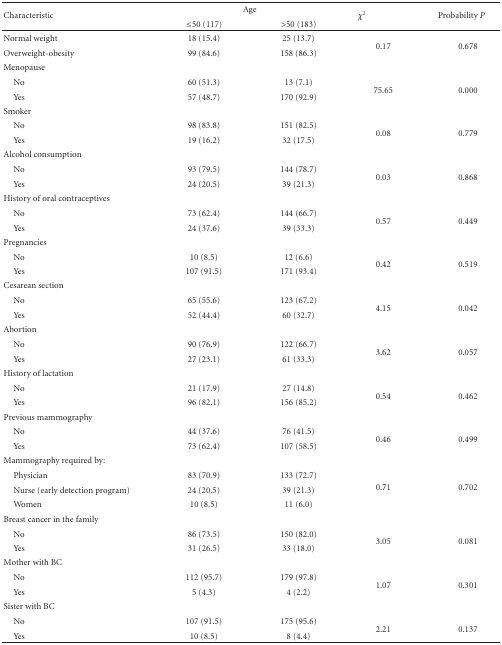
<table><thead><tr><td rowspan="2"><b>Characteristic</b></td><td colspan="2"><b>Age</b></td><td rowspan="2"><b><i>χ</i><sup>2</sup></b></td><td rowspan="2"><b>Probability <i>P</i></b></td></tr><tr><td><b>≤50 (117)</b></td><td><b>&gt;50 (183)</b></td></tr></thead><tbody><tr><td>Normal weight</td><td>18 (15.4)</td><td>25 (13.7)</td><td> </td><td> </td></tr><tr><td>Overweight-obesity</td><td>99 (84.6)</td><td>158 (86.3)</td><td>0.17</td><td>0.678</td></tr><tr><td>Menopause</td><td> </td><td> </td><td> </td><td> </td></tr><tr><td> No</td><td>60 (51.3)</td><td>13 (7.1)</td><td> </td><td> </td></tr><tr><td> Yes</td><td>57 (48.7)</td><td>170 (92.9)</td><td>75.65</td><td>0.000</td></tr><tr><td>Smoker</td><td> </td><td> </td><td> </td><td> </td></tr><tr><td> No</td><td>98 (83.8)</td><td>151 (82.5)</td><td> </td><td> </td></tr><tr><td> Yes</td><td>19 (16.2)</td><td>32 (17.5)</td><td>0.08</td><td>0.779</td></tr><tr><td>Alcohol consumption</td><td> </td><td> </td><td> </td><td> </td></tr><tr><td> No</td><td>93 (79.5)</td><td>144 (78.7)</td><td> </td><td> </td></tr><tr><td> Yes</td><td>24 (20.5)</td><td>39 (21.3)</td><td>0.03</td><td>0.868</td></tr><tr><td>History of oral contraceptives</td><td> </td><td> </td><td> </td><td> </td></tr><tr><td> No</td><td>73 (62.4)</td><td>144 (66.7)</td><td> </td><td> </td></tr><tr><td> Yes</td><td>24 (37.6)</td><td>39 (33.3)</td><td>0.57</td><td>0.449</td></tr><tr><td>Pregnancies</td><td> </td><td> </td><td> </td><td> </td></tr><tr><td> No</td><td>10 (8.5)</td><td>12 (6.6)</td><td> </td><td> </td></tr><tr><td> Yes</td><td>107 (91.5)</td><td>171 (93.4)</td><td>0.42</td><td>0.519</td></tr><tr><td>Cesarean section</td><td> </td><td> </td><td> </td><td> </td></tr><tr><td> No</td><td>65 (55.6)</td><td>123 (67.2)</td><td> </td><td> </td></tr><tr><td> Yes</td><td>52 (44.4)</td><td>60 (32.7)</td><td>4.15</td><td>0.042</td></tr><tr><td>Abortion</td><td> </td><td> </td><td> </td><td> </td></tr><tr><td> No</td><td>90 (76.9)</td><td>122 (66.7)</td><td> </td><td> </td></tr><tr><td> Yes</td><td>27 (23.1)</td><td>61 (33.3)</td><td>3.62</td><td>0.057</td></tr><tr><td>History of lactation</td><td> </td><td> </td><td> </td><td> </td></tr><tr><td> No</td><td>21 (17.9)</td><td>27 (14.8)</td><td> </td><td> </td></tr><tr><td> Yes</td><td>96 (82.1)</td><td>156 (85.2)</td><td>0.54</td><td>0.462</td></tr><tr><td>Previous mammography</td><td> </td><td> </td><td> </td><td> </td></tr><tr><td> No</td><td>44 (37.6)</td><td>76 (41.5)</td><td> </td><td> </td></tr><tr><td> Yes</td><td>73 (62.4)</td><td>107 (58.5)</td><td>0.46</td><td>0.499</td></tr><tr><td>Mammography required by:</td><td> </td><td> </td><td> </td><td> </td></tr><tr><td> Physician</td><td>83 (70.9)</td><td>133 (72.7)</td><td> </td><td> </td></tr><tr><td> Nurse (early detection program)</td><td>24 (20.5)</td><td>39 (21.3)</td><td>0.71</td><td>0.702</td></tr><tr><td> Women</td><td>10 (8.5)</td><td>11 (6.0)</td><td> </td><td> </td></tr><tr><td>Breast cancer in the family</td><td> </td><td> </td><td> </td><td> </td></tr><tr><td> No</td><td>86 (73.5)</td><td>150 (82.0)</td><td> </td><td> </td></tr><tr><td> Yes</td><td>31 (26.5)</td><td>33 (18.0)</td><td>3.05</td><td>0.081</td></tr><tr><td>Mother with BC</td><td> </td><td> </td><td> </td><td> </td></tr><tr><td> No</td><td>112 (95.7)</td><td>179 (97.8)</td><td> </td><td> </td></tr><tr><td> Yes</td><td>5 (4.3)</td><td>4 (2.2)</td><td>1.07</td><td>0.301</td></tr><tr><td>Sister with BC</td><td> </td><td> </td><td> </td><td> </td></tr><tr><td> No</td><td>107 (91.5)</td><td>175 (95.6)</td><td> </td><td> </td></tr><tr><td> Yes</td><td>10 (8.5)</td><td>8 (4.4)</td><td>2.21</td><td>0.137</td></tr></tbody></table>